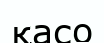
қасо